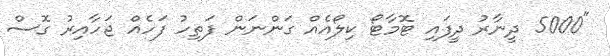
"5000 ދީނާރު ދީފައި ޓޮމާޓޯ ކިލޯއެއް ގަންނަން ފަތިހު ފަހެއް ޖަހާއިރު ގޮސް